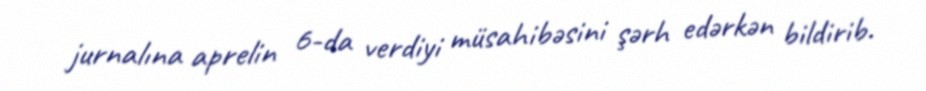
jurnalına aprelin 6-da verdiyi müsahibəsini şərh edərkən bildirib.